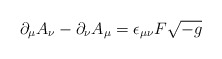
\begin{align*}\partial_{\mu}A_{\nu}-\partial_{\nu}A_{\mu}=\epsilon_{\mu\nu}F\sqrt{-g}\end{align*}